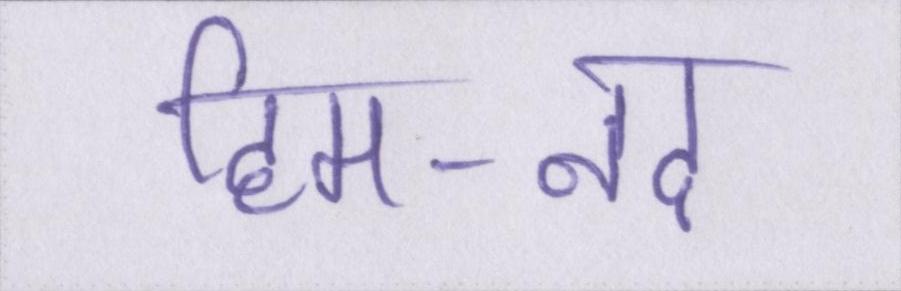
हिम-नद